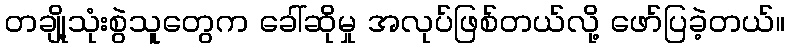
တချို့သုံးစွဲသူတွေက ခေါ်ဆိုမှု အလုပ်ဖြစ်တယ်လို့ ဖော်ပြခဲ့တယ်။